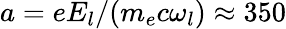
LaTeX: a=eE_{l}/(m_{e}c\omega_{l})\approx 350